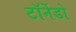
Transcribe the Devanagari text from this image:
टॉर्नेडो